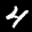
Label: 4